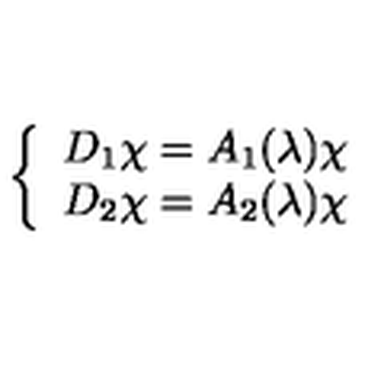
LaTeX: \left\{ \begin{array} { l } { D _ { 1 } \chi = A _ { 1 } ( \lambda ) \chi } \\ { D _ { 2 } \chi = A _ { 2 } ( \lambda ) \chi } \\ \end{array} \right.